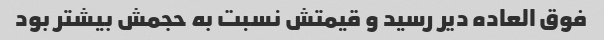
فوق العاده دیر رسید و قیمتش نسبت به حجمش بیشتر بود